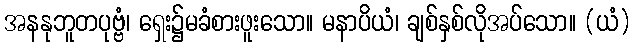
အနနုဘူတပုဗ္ဗံ၊ ရှေး၌မခံစားဖူးသော။ မနာပိယံ၊ ချစ်နှစ်လိုအပ်သော။ (ယံ)